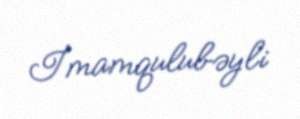
İmamqulubəyli